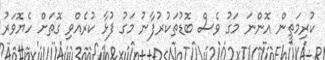
ކުރިމަތީން އޮންނަ މަގު ވެސް ބޮޑުތަކުރުފާނު މަގު ފުޅާ ކުރެއްވި ގޮތަށް ހެޔޮވަރު